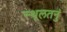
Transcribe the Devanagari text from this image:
स्थूलतनुं